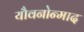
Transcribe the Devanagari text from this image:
यौवनोन्माद